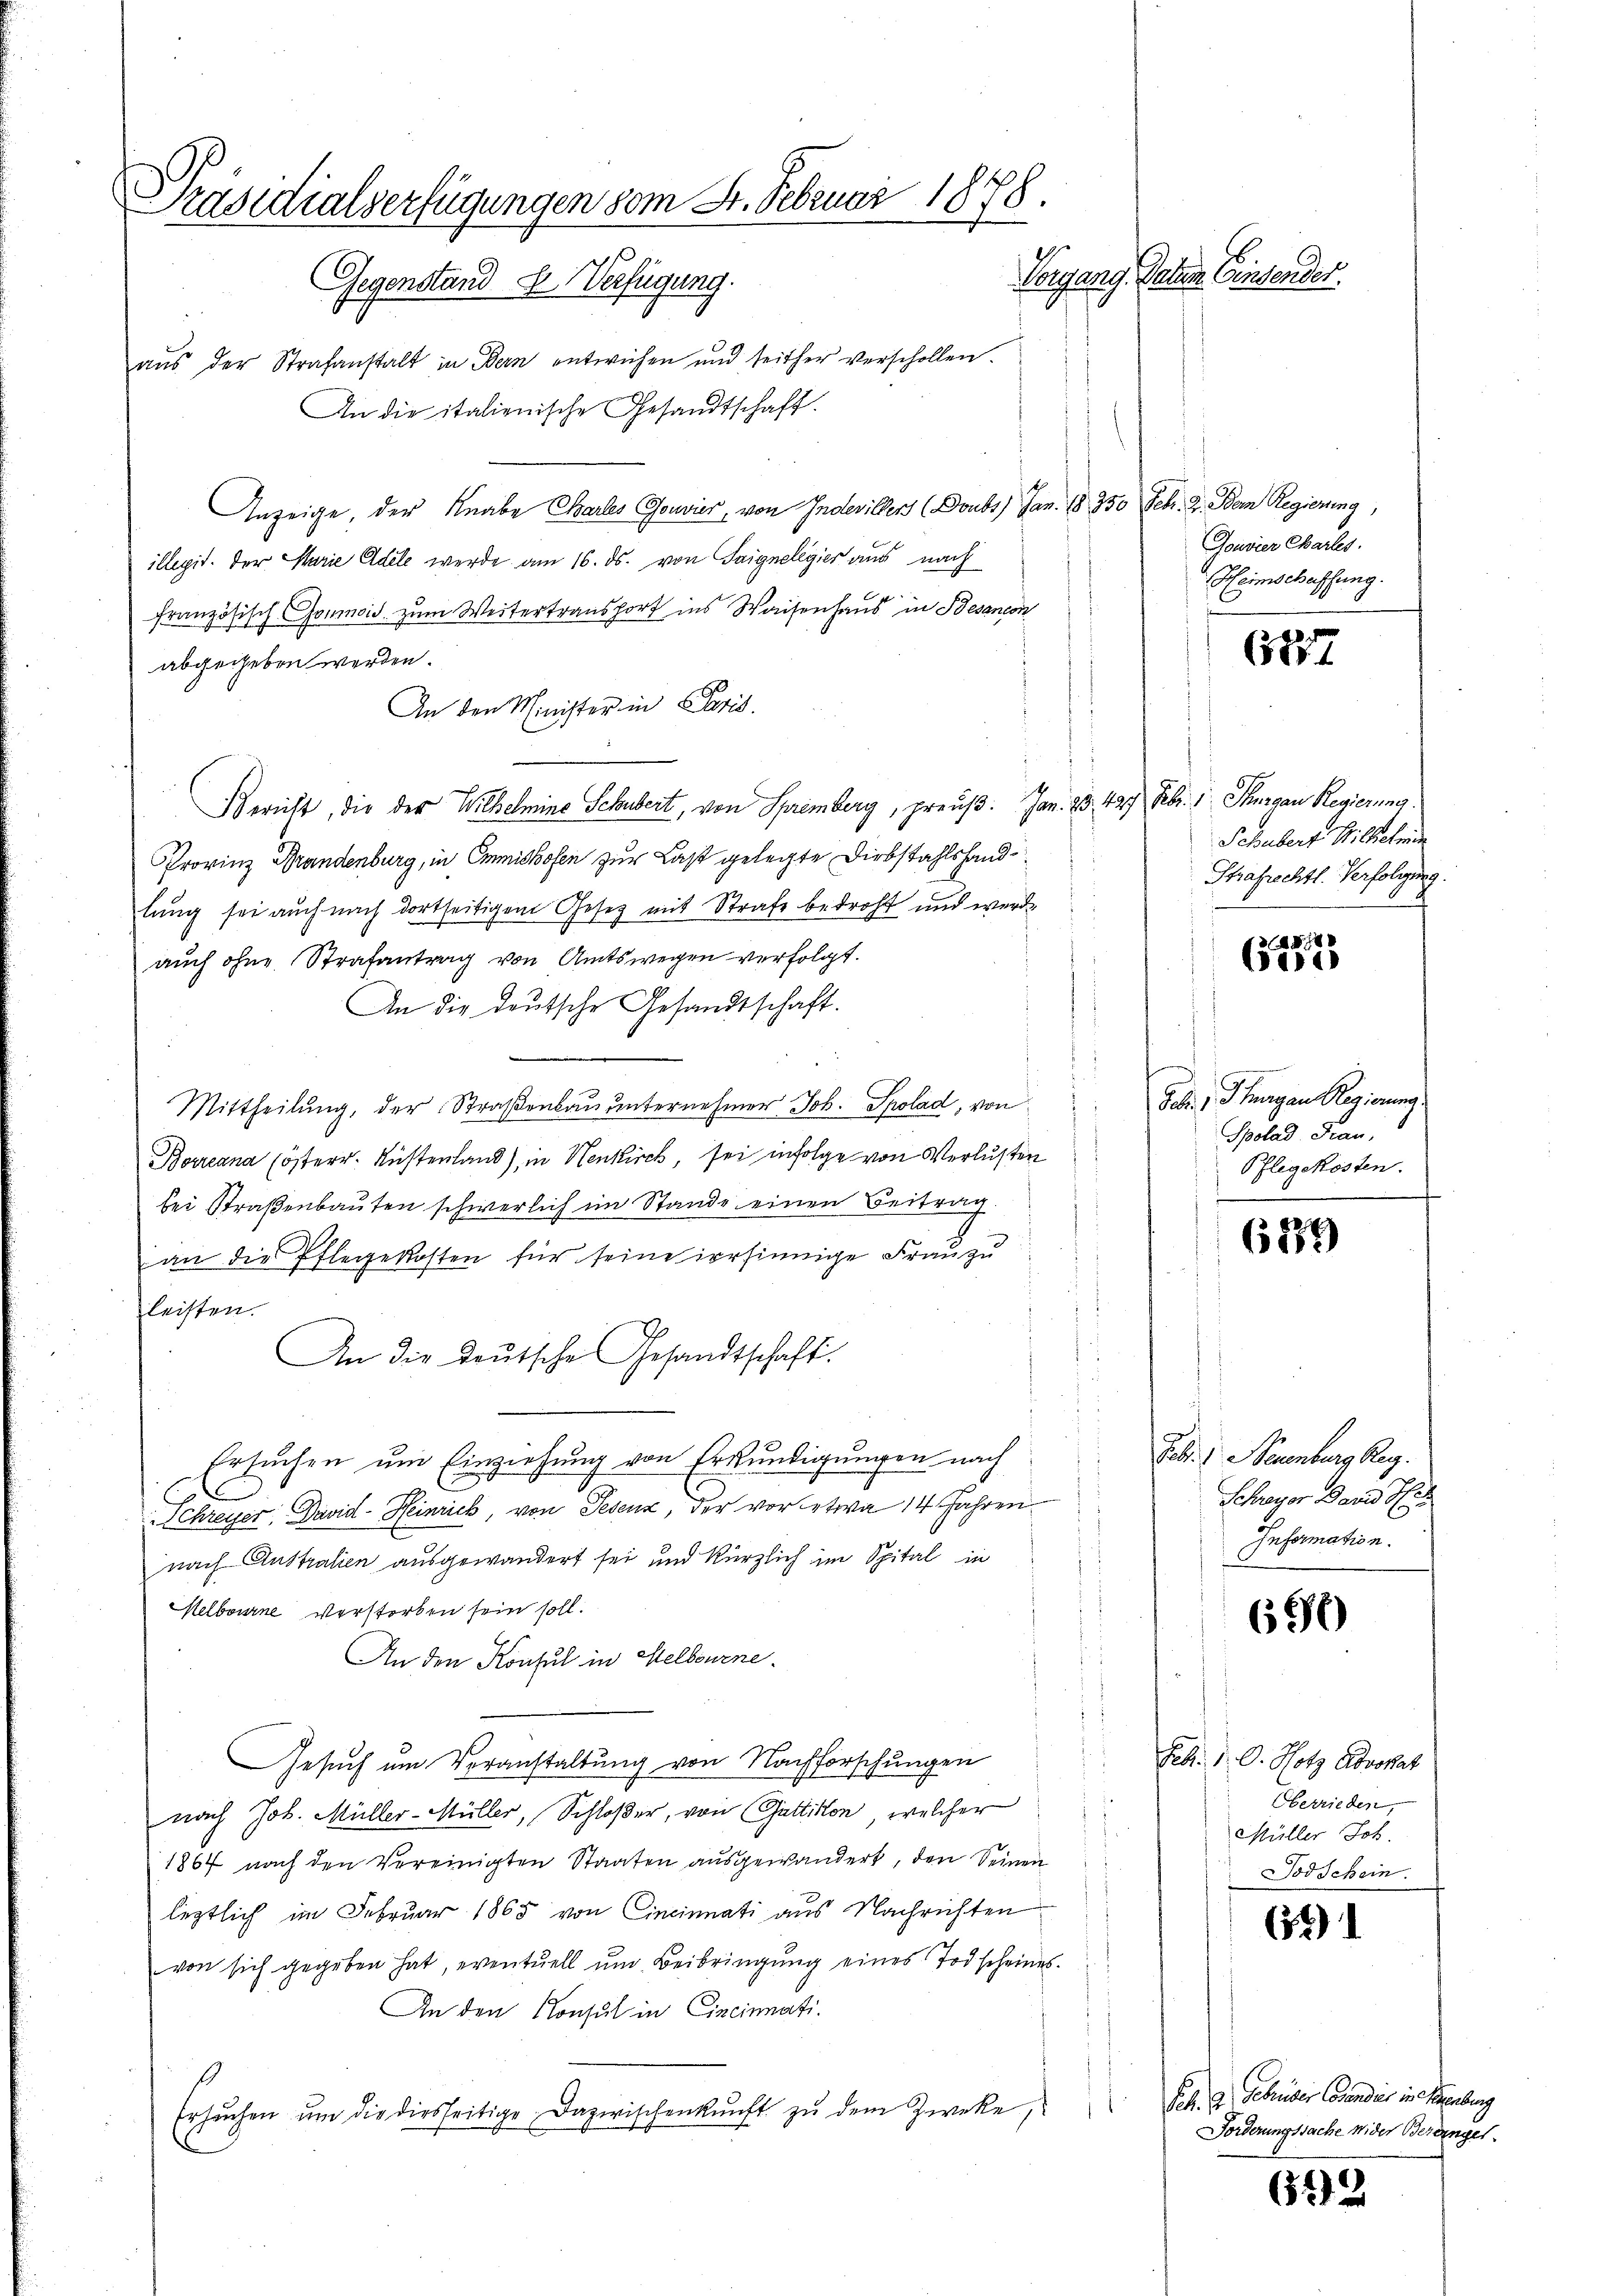
Präsidialverfügungen vom 8. Februar 1878.
Vorgang. Paten Einsender.
Gegenstand E. Verfügung.
aŭs der Strafanstalt in Bern entwichen und seither verschollen.
An die italienische Gesandtschaft.

Anzeige, der Knabe Chartes Gouvier, von Indeviller (Doubs) Jan. 18. 750
illegit. Der Marie Adele werde am 16. ds. von Saignelegier aus nach
französisch-Gomnid. zum Weitertransport ins Waisenhaus in Besancon
abgegeben werden.
An den Minister in Paris.
Bericht, die der Wilhelmine Schubert, von Spremberg, preuß. Jan. 23. 427 Febr. 1, Thurgau Regierung
Provinz Brandenburg, in Emishofen zur Last gelegte Diebstahlshandlung sei auch nach dortseitigem Gesetz mit Strafe bedroht und werde
auch ohne Strafantrag von Amtswegen verfolgt.
An die deutsche Gesandtschaft.
Mittheilŭng, der Straβenbaŭŭnternehmer Joh. Spolad, von
f
Boreana (österr. Küstenland), in Neukirch, sei infolge von Verlusten
bei Straßenbauten schwerlich im Stande einen Beitrag.
an die Pflegekosten für seine irrsinnige Frau zu
leisten.
An die Deutsche Gesandtschaft.
s
3
2
Ersuchen um Einziehung von Erkundigungen nach
u
Schreyer. David-Heinrich von Tesenz, der vor etwa 14 Jahren
nach Australien ausgewandert sei und kürzlich im Spital in
Melbourne verstorben sein soll.
An den Konsul in Melbourne.
Gesuch um Veranstaltung von Nachforschungen
nach Joh. Müller-Müller, Schloßer, von Gattikon, welcher
1867 nach den Vereinigten Staaten ausgewandert, den Seinen
legztlich im Februar 1865 von Cincinnati aus Nachrichten
von sich gegeben hat, eventuell um Beibringung eines Todscheines
An den Konsul in Cincinati¬
Ersŭchen um die diesseitige Dazwischenkunft zu dem Zwecke,

Sch. 2. Dem Regierung,
Gouvier Charles
Heimschaffung.

6277

Schuberg Wilhelmin
Thrafrechtl. Verfolgung.

A
ee

Job. v. Thurgan Regierung
Spolad. Frau,
Pflegekosten.

8
6559

Febr. v. Neuenburg Reg.
Schreyer Band S. 2
Information.

696)

Feb. P. O. Hotz Advokat
Oberrieden,
Müller Joh.
Todschein.

621

F. h. A. Gebrüder Cosender in erberg
Forderungssache nider Bereingel

612